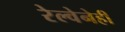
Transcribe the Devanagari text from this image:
रेल्वेनेही